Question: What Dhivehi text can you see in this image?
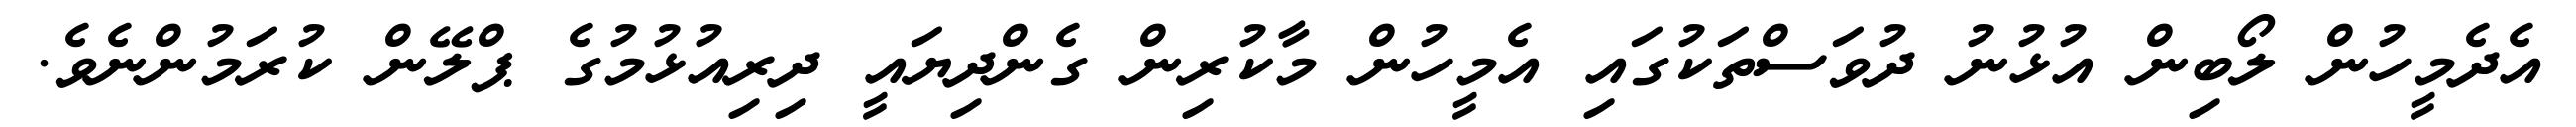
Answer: އެދެމީހުން ލޯބިން އުޅުނު ދުވަސްތަކުގައި އެމީހުން މާކުރިން ގެންދިޔައީ ދިރިއުޅުމުގެ ޕްލޭން ކުރަމުންނެވެ.